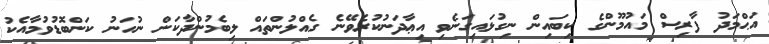
އަޙްމަދު ފާރިސް މައުމޫންގެ ކިބައިން ނިގުޅައިގަނެވި އިޢާދަނުކުރެވޭނެ ގެއްލުންތައް ލިބެމުންދާކަން ނުހަނު ކަންބޮޑުވުމާއެކު